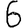
Digit: 6